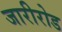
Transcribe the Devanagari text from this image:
जारीरोड